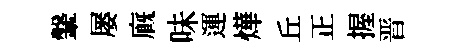
鞶屡廐味運燁丘正握晋